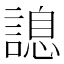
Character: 𧪩